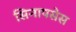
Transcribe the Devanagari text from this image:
सिनापसेस